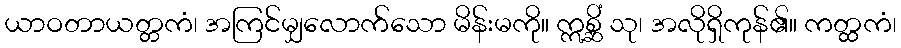
ယာဝတာယတ္တကံ၊ အကြင်မျှလောက်သော မိန်းမကို။ ဣစ္ဆိံ သု၊ အလိုရှိကုန်၏။ ကတ္ထကံ၊